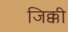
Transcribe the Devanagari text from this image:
जिक्की